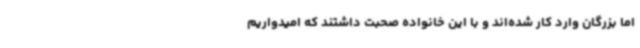
اما بزرگان وارد کار شده‌اند و با این خانواده صحبت داشتند که امیدواریم